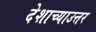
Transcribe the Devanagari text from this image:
देशाच्याउत्तर